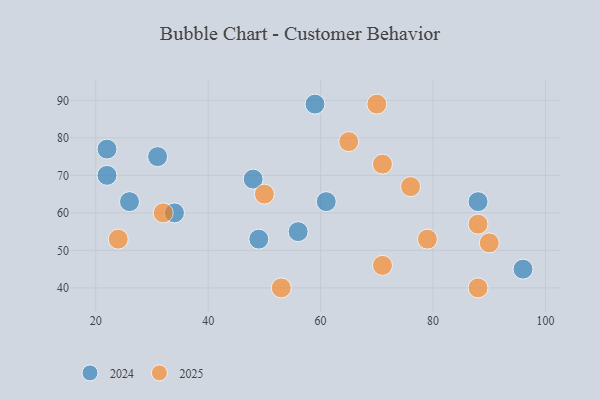
{"axis": {"x": "GDP", "y": "Life Expectancy"}, "legend": ["2024", "2025"], "data": [{"x": "31", "y": 75, "type": "2024"}, {"x": "59", "y": 89, "type": "2024"}, {"x": "22", "y": 77, "type": "2024"}, {"x": "56", "y": 55, "type": "2024"}, {"x": "26", "y": 63, "type": "2024"}, {"x": "88", "y": 63, "type": "2024"}, {"x": "61", "y": 63, "type": "2024"}, {"x": "48", "y": 69, "type": "2024"}, {"x": "96", "y": 45, "type": "2024"}, {"x": "34", "y": 60, "type": "2024"}, {"x": "22", "y": 70, "type": "2024"}, {"x": "49", "y": 53, "type": "2024"}, {"x": "32", "y": 60, "type": "2025"}, {"x": "79", "y": 53, "type": "2025"}, {"x": "76", "y": 67, "type": "2025"}, {"x": "50", "y": 65, "type": "2025"}, {"x": "88", "y": 40, "type": "2025"}, {"x": "71", "y": 73, "type": "2025"}, {"x": "88", "y": 57, "type": "2025"}, {"x": "71", "y": 46, "type": "2025"}, {"x": "24", "y": 53, "type": "2025"}, {"x": "70", "y": 89, "type": "2025"}, {"x": "53", "y": 40, "type": "2025"}, {"x": "65", "y": 79, "type": "2025"}, {"x": "90", "y": 52, "type": "2025"}]}